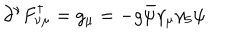
\partial ^ { \nu } F _ { \nu \mu } ^ { \dagger } = g _ { \mu } = - g \bar { \psi } \gamma _ { \mu } \gamma _ { 5 } \psi